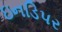
ઇનડિપર